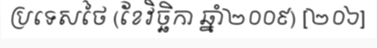
ប្រទេសថៃ (ខែវិច្ឆិកា ឆ្នាំ២០០៩) [២០៦]